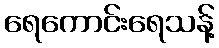
ရေကောင်းရေသန့်